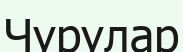
Чурулар